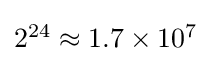
{\textstyle 2^{24}\approx 1.7\times 10^{7}}